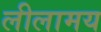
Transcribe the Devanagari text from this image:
लीलामय